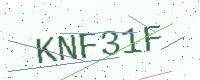
Text: KNF31F